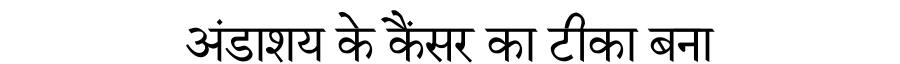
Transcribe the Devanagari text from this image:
अंडाशय के कैंसर का टीका बना